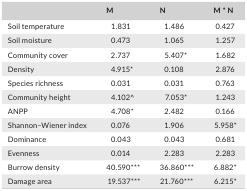
|  | M | N | M * N |
 | --- | --- | --- | --- |
 | Soil temperature | 1.831 | 1.486 | 0.427 |
 | Soil moisture | 0.473 | 1.065 | 1.257 |
 | Community cover | 2.737 | 5.407* | 1.682 |
 | Density | 4.915* | 0.108 | 2.876 |
 | Species richness | 0.031 | 0.031 | 0.763 |
 | Community height | 4.102^ | 7.053* | 1.243 |
 | ANPP | 4.708* | 2.482 | 0.166 |
 | Shannon–Wiener index | 0.076 | 1.906 | 5.958* |
 | Dominance | 0.043 | 0.043 | 0.681 |
 | Evenness | 0.014 | 2.283 | 2.283 |
 | Burrow density | 40.590*** | 36.860*** | 6.882* |
 | Damage area | 19.537*** | 21.760*** | 6.215* |